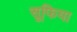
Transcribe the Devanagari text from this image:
सूफिया